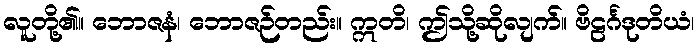
လူတို့၏။ ဘောဇနံ၊ ဘောဇဉ်တည်း။ ဣတိ၊ ဤသို့ဆိုလျက်။ ဗိဠင်္ဂဒုတိယံ၊